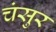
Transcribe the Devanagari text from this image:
चंसुर